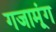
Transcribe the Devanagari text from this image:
गजामूंग